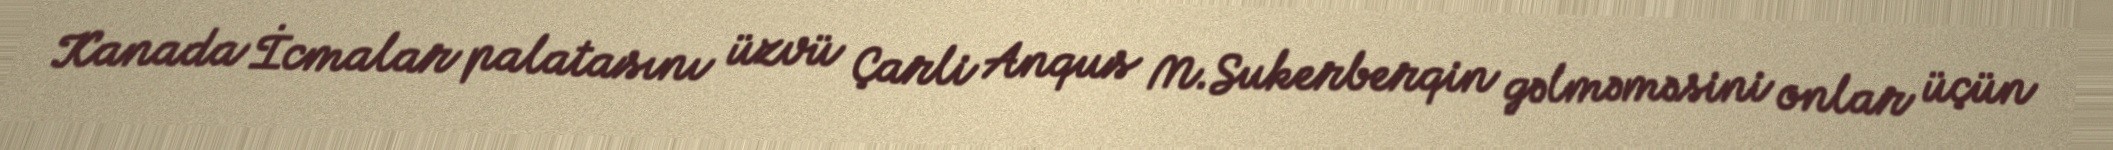
Kanada İcmalar palatasını üzvü Çarli Anqus M.Sukerberqin gəlməməsini onlar üçün